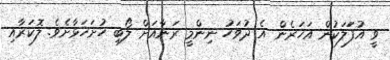
ވީ އުފަަލަކުން އަހަރެން އެ ދުވަހު ނިންމީ ރަނާއަށް ލޯބި ހުށަހަޅާށެވެ. ލޮކަރާއި